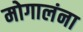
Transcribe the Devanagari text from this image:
मोगालंना